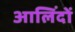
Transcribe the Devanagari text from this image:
आलिंदों